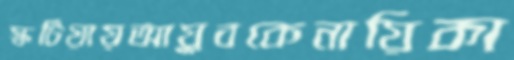
স্কটিয়ায়আয়ুবকেনায়িকা